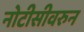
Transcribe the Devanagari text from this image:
नोटीसीवरुन